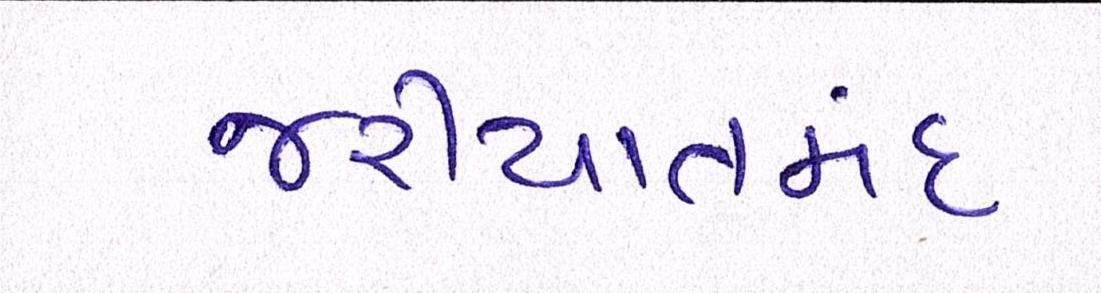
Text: જરીયાતમંદ